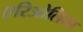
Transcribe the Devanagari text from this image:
एरिओलिना